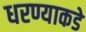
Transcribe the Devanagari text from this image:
धरण्याकडे